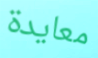
معايدة